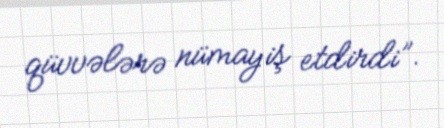
qüvvələrə nümayiş etdirdi”.